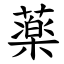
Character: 薬